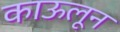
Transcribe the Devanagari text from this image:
काऊलून